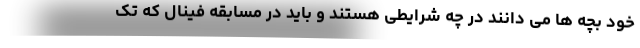
خود بچه ها می دانند در چه شرایطی هستند و باید در مسابقه فینال که تک